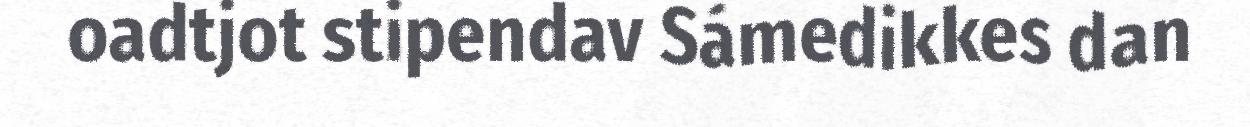
oadtjot stipendav Sámedikkes dan